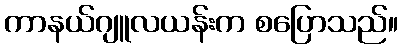
ကာနယ်ဂျူလယန်းက စပြောသည်။